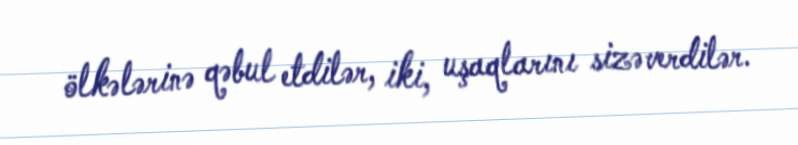
ölkələrinə qəbul etdilər, iki, uşaqlarını sizə verdilər.